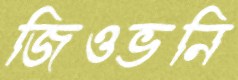
জিওভনি